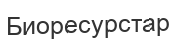
Биоресурстар